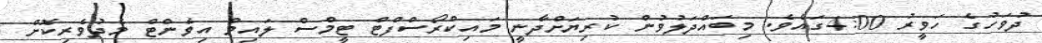
ދުވަހުގެ ހަވީރު 4:00ގައެވެ. މިބައްދަލުވުން ކުރިޔަށްދާނީ މައިކްރޯސްފްޓް ޓީމްސް ލައިވް އިވެންޓް މެދުވެރިކޮށް